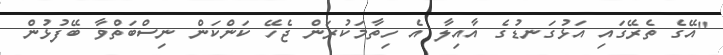
"އޭގެ ތެރޭގައި އަޅުގަނޑުގެ އާއިލާ އެ ހިތާމަކުރަން ޖެހޭ ކަންކަން ނިސްބަތްވާ ބޭފުޅުން